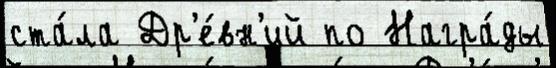
ста́ла Др'е́вн'ий по Награ́ды